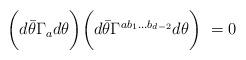
LaTeX: \begin{align*}\biggl ( d{\bar \theta} \Gamma_ad\theta\biggr ) \biggl(d{\bar \theta} \Gamma^{ab_{1}\ldots b_{d-2}} d\theta\biggr )~=0\end{align*}